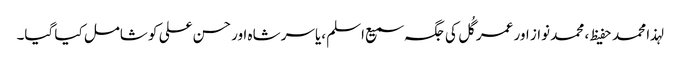
لہذا محمد حفیظ ، محمد نواز اور عمر گُل کی جگہ سمیع اسلم ،یاسر شاہ اور حسن علی کو شامل کیا گیا۔